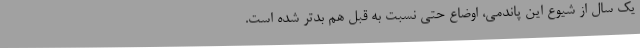
یک سال از شیوع این پاندمی، اوضاع حتی نسبت به قبل هم بدتر شده است.